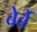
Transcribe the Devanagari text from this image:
वेर्वे